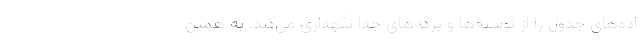
اده‌های جدول را از نوشته‌ها و برگه‌های جدا نگهداری می‌کند. به همین